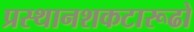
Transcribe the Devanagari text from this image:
प्रस्थानशकटारूढो